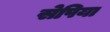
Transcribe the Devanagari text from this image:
सेपिया